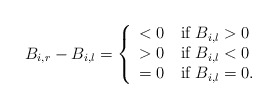
\begin{align*}\begin{aligned}B_{i,r}-B_{i,l} =\left\{ \begin{array}{ll} <0\quad\mbox{if} ~B_{i,l}>0\\ >0\quad\mbox{if} ~B_{i,l}<0\\ =0\quad\mbox{if} ~B_{i,l}=0. \end{array} \right.\end{aligned}\end{align*}